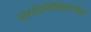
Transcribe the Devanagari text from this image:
प्रतिनिधित्वांसाठी